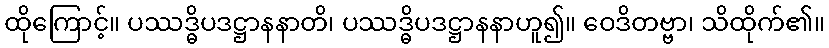
ထိုကြောင့်။ ပဿဒ္ဓိပဒဋ္ဌာနနာတိ၊ ပဿဒ္ဓိပဒဋ္ဌာနနာဟူ၍။ ဝေဒိတဗ္ဗာ၊ သိထိုက်၏။